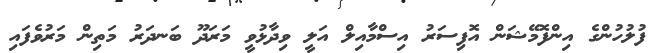
ފުލުހުންގެ އިންފޮމޭޝަން އޮފިސަރު އިސްމާއިލް އަލީ ވިދާޅުވީ މަރަދޫ ބަނދަރު މަތިން މަރުވެފައި